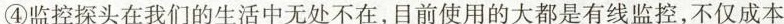
④监控探头在我们的生活中无处不在，目前使用的大都是有线监控，不仅成本